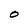
Character: 0